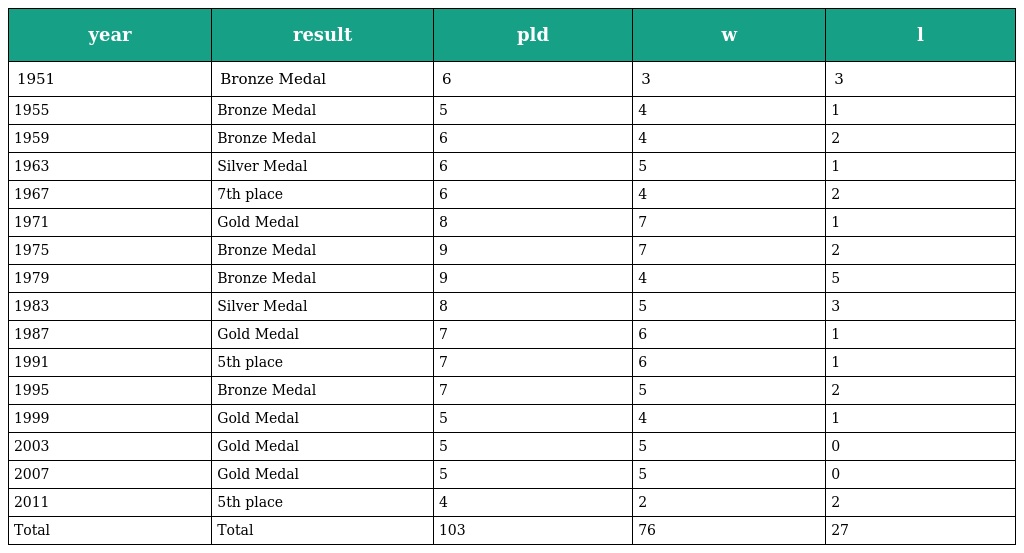
| year | result | pld | w | l |
 | --- | --- | --- | --- | --- |
 | 1951 | Bronze Medal | 6 | 3 | 3 |
 | 1955 | Bronze Medal | 5 | 4 | 1 |
 | 1959 | Bronze Medal | 6 | 4 | 2 |
 | 1963 | Silver Medal | 6 | 5 | 1 |
 | 1967 | 7th place | 6 | 4 | 2 |
 | 1971 | Gold Medal | 8 | 7 | 1 |
 | 1975 | Bronze Medal | 9 | 7 | 2 |
 | 1979 | Bronze Medal | 9 | 4 | 5 |
 | 1983 | Silver Medal | 8 | 5 | 3 |
 | 1987 | Gold Medal | 7 | 6 | 1 |
 | 1991 | 5th place | 7 | 6 | 1 |
 | 1995 | Bronze Medal | 7 | 5 | 2 |
 | 1999 | Gold Medal | 5 | 4 | 1 |
 | 2003 | Gold Medal | 5 | 5 | 0 |
 | 2007 | Gold Medal | 5 | 5 | 0 |
 | 2011 | 5th place | 4 | 2 | 2 |
 | Total | Total | 103 | 76 | 27 |